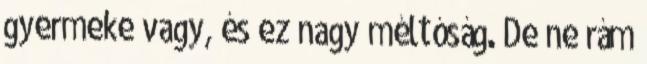
gyermeke vagy, és ez nagy méltóság. De ne rám